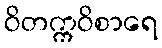
ဝိတက္ကဝိစာရေ